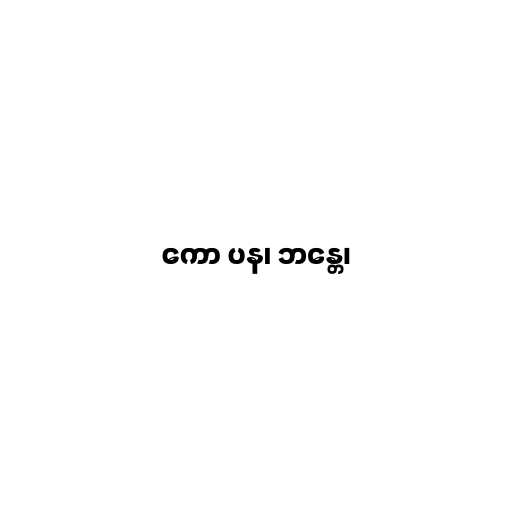
ကော ပန၊ ဘန္တေ၊